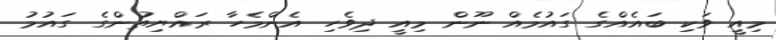
މިއީ ވަކި ބައެއްގެ ގައުމެއް ނޫން މިއީ ދިވެހި އެންމެހާ ރައްޔިތުންގެ ގައުމު